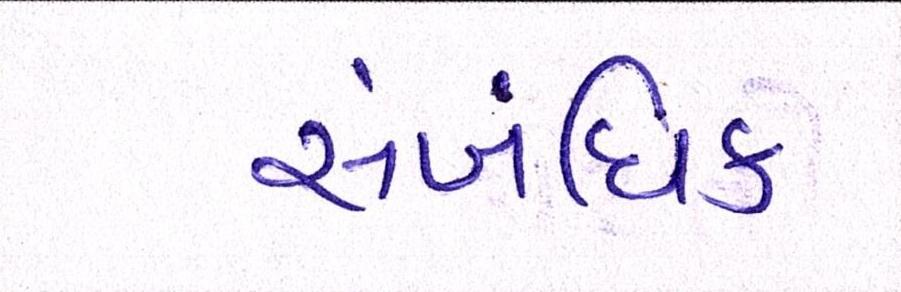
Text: સંબંધિક